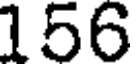
156